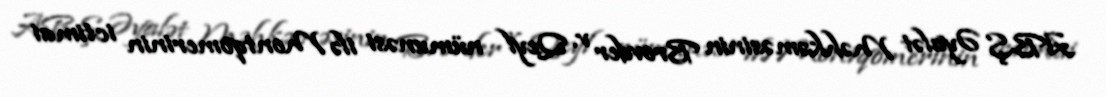
ABŞ Əyalət Məhkəməsinin Brovder v. Qeyl nümunəsi ilə Montqomerinin ictimai